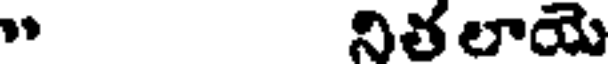
" నితలాయె